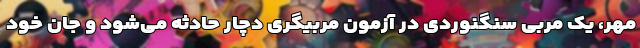
مهر، یک مربی سنگنوردی در آزمون مربیگری دچار حادثه می‌شود و جان خود